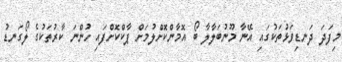
މިފަދަ ދަނޑިވަޅުތަކުގައި އޭނާ މޫނުބަލާލާ ބޯ އޮމާންކޮށްލުމަށް ޕާކްކޮށްފައި ހުންނަ ކާރުތަކުގެ ލޯގަނޑު